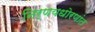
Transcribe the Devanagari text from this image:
निर्णयधोरणांत